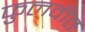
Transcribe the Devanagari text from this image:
फुलवीत